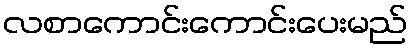
လစာကောင်းကောင်းပေးမည်